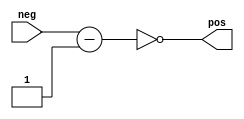
module reverse2 #(parameter BIT = 10)(neg, pos);
input [BIT-1:0] neg;
output [BIT-1:0] pos;

assign pos= ~(neg-1'b1);

endmodule